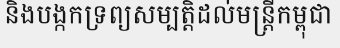
និងបង្កកទ្រព្យសម្បត្តិដល់មន្ត្រីកម្ពុជា